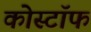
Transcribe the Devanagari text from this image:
कोस्टॉफ